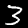
Label: 3